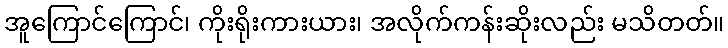
အူကြောင်ကြောင်၊ ကိုးရိုးကားယား၊ အလိုက်ကန်းဆိုးလည်း မသိတတ်။